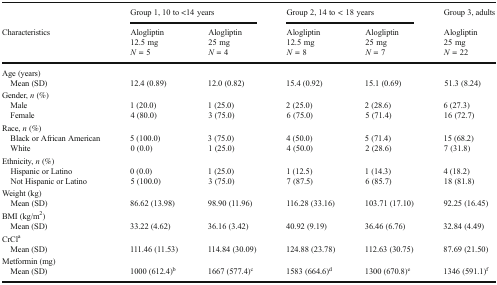
|  | <COLSPAN=2> Group 1, 10 to <14 years | <COLSPAN=2> Group 2, 14 to < 18 years | Group 3, adults |
 | Characteristics | Alogliptin12.5 mgN = 5 | Alogliptin25 mgN = 4 | Alogliptin12.5 mgN = 8 | Alogliptin25 mgN = 7 | Alogliptin25 mgN = 22 |
 | --- | --- | --- | --- | --- | --- |
 | Age (years) Mean (SD) | 12.4 (0.89) | 12.0 (0.82) | 15.4 (0.92) | 15.1 (0.69) | 51.3 (8.24) |
 | Gender, n (%) Male Female | 1 (20.0)4 (80.0) | 1 (25.0)3 (75.0) | 2 (25.0)6 (75.0) | 2 (28.6)5 (71.4) | 6 (27.3)16 (72.7) |
 | Race, n (%) Black or African American White | 5 (100.0)0 (0.0) | 3 (75.0)1 (25.0) | 4 (50.0)4 (50.0) | 5 (71.4)2 (28.6) | 15 (68.2)7 (31.8) |
 | Ethnicity, n (%) Hispanic or Latino Not Hispanic or Latino | 0 (0.0)5 (100.0) | 1 (25.0)3 (75.0) | 1 (12.5)7 (87.5) | 1 (14.3)6 (85.7) | 4 (18.2)18 (81.8) |
 | Weight (kg) Mean (SD) | 86.62 (13.98) | 98.90 (11.96) | 116.28 (33.16) | 103.71 (17.10) | 92.25 (16.45) |
 | BMI (kg/m2) Mean (SD) | 33.22 (4.62) | 36.16 (3.42) | 40.92 (9.19) | 36.46 (6.76) | 32.84 (4.49) |
 | CrCla Mean (SD) | 111.46 (11.53) | 114.84 (30.09) | 124.88 (23.78) | 112.63 (30.75) | 87.69 (21.50) |
 | Metformin (mg) Mean (SD) | 1000 (612.4)b | 1667 (577.4)c | 1583 (664.6)d | 1300 (670.8)e | 1346 (591.1)f |